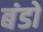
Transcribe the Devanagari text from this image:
बंडो